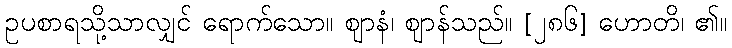
ဥပစာရသို့သာလျှင် ရောက်သော။ ဈာနံ၊ ဈာန်သည်။ [၂၈၆] ဟောတိ၊ ၏။